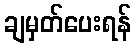
ချမှတ်ပေးရန်